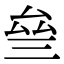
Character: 𠫰